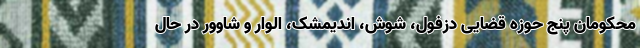
محکومان پنج حوزه قضایی دزفول، شوش، اندیمشک، الوار و شاوور در حال